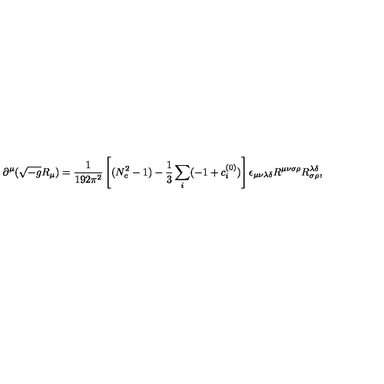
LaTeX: \partial ^ { \mu } ( \sqrt { - g } R _ { \mu } ) = \frac { 1 } { 1 9 2 \pi ^ { 2 } } \left[ ( N _ { c } ^ { 2 } - 1 ) - \frac { 1 } { 3 } \sum _ { i } ( - 1 + c _ { i } ^ { ( 0 ) } ) \right] \epsilon _ { \mu \nu \lambda \delta } R ^ { \mu \nu \sigma \rho } R _ { \sigma \rho } ^ { \lambda \delta } ,